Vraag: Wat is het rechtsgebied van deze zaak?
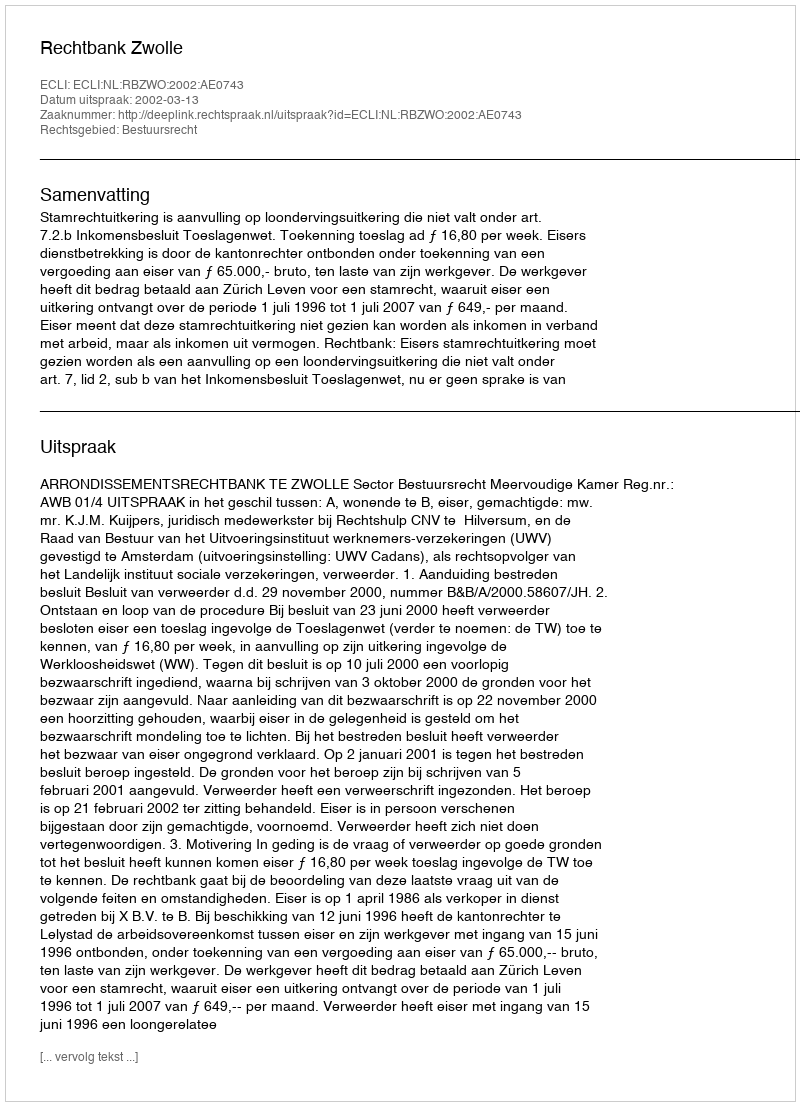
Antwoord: Bestuursrecht